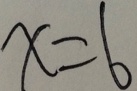
x = 6